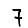
Digit: 7